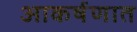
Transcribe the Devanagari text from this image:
आकर्षणात